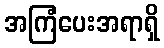
အကြံပေးအရာရှိ